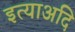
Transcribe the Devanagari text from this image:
इत्याअदि